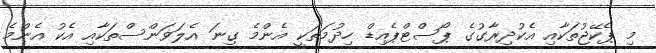
މި ޕެކޭޖުތަކާއި އެކުދިރާގުގެ ޕޯސްޓްޕެއިޑް ހިދުމަތަކީ އެންމެ ގިނަ އެލަވަންސްތަކާއި އެކު އެންމެ